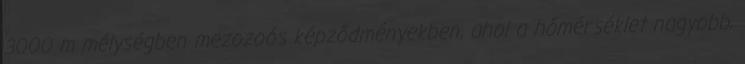
3000 m mélységben mezozoós képződményekben, ahol a hőmérséklet nagyobb,